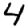
Digit: 4